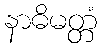
နာဓိမတ္တံ